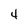
Character: 4